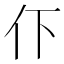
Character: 𬽥